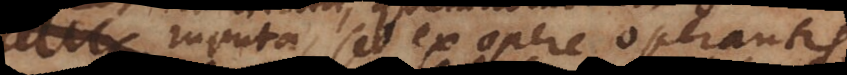
Sacramenta sed ex opere operantis,